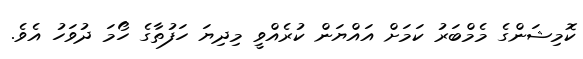
ކޮމިޝަންގެ މެމްބަރު ކަމަށް އައްޔަން ކުރެއްވީ މިދިޔަ ހަފުތާގެ ހޯމަ ދުވަހު އެވެ.